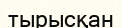
тырысқан